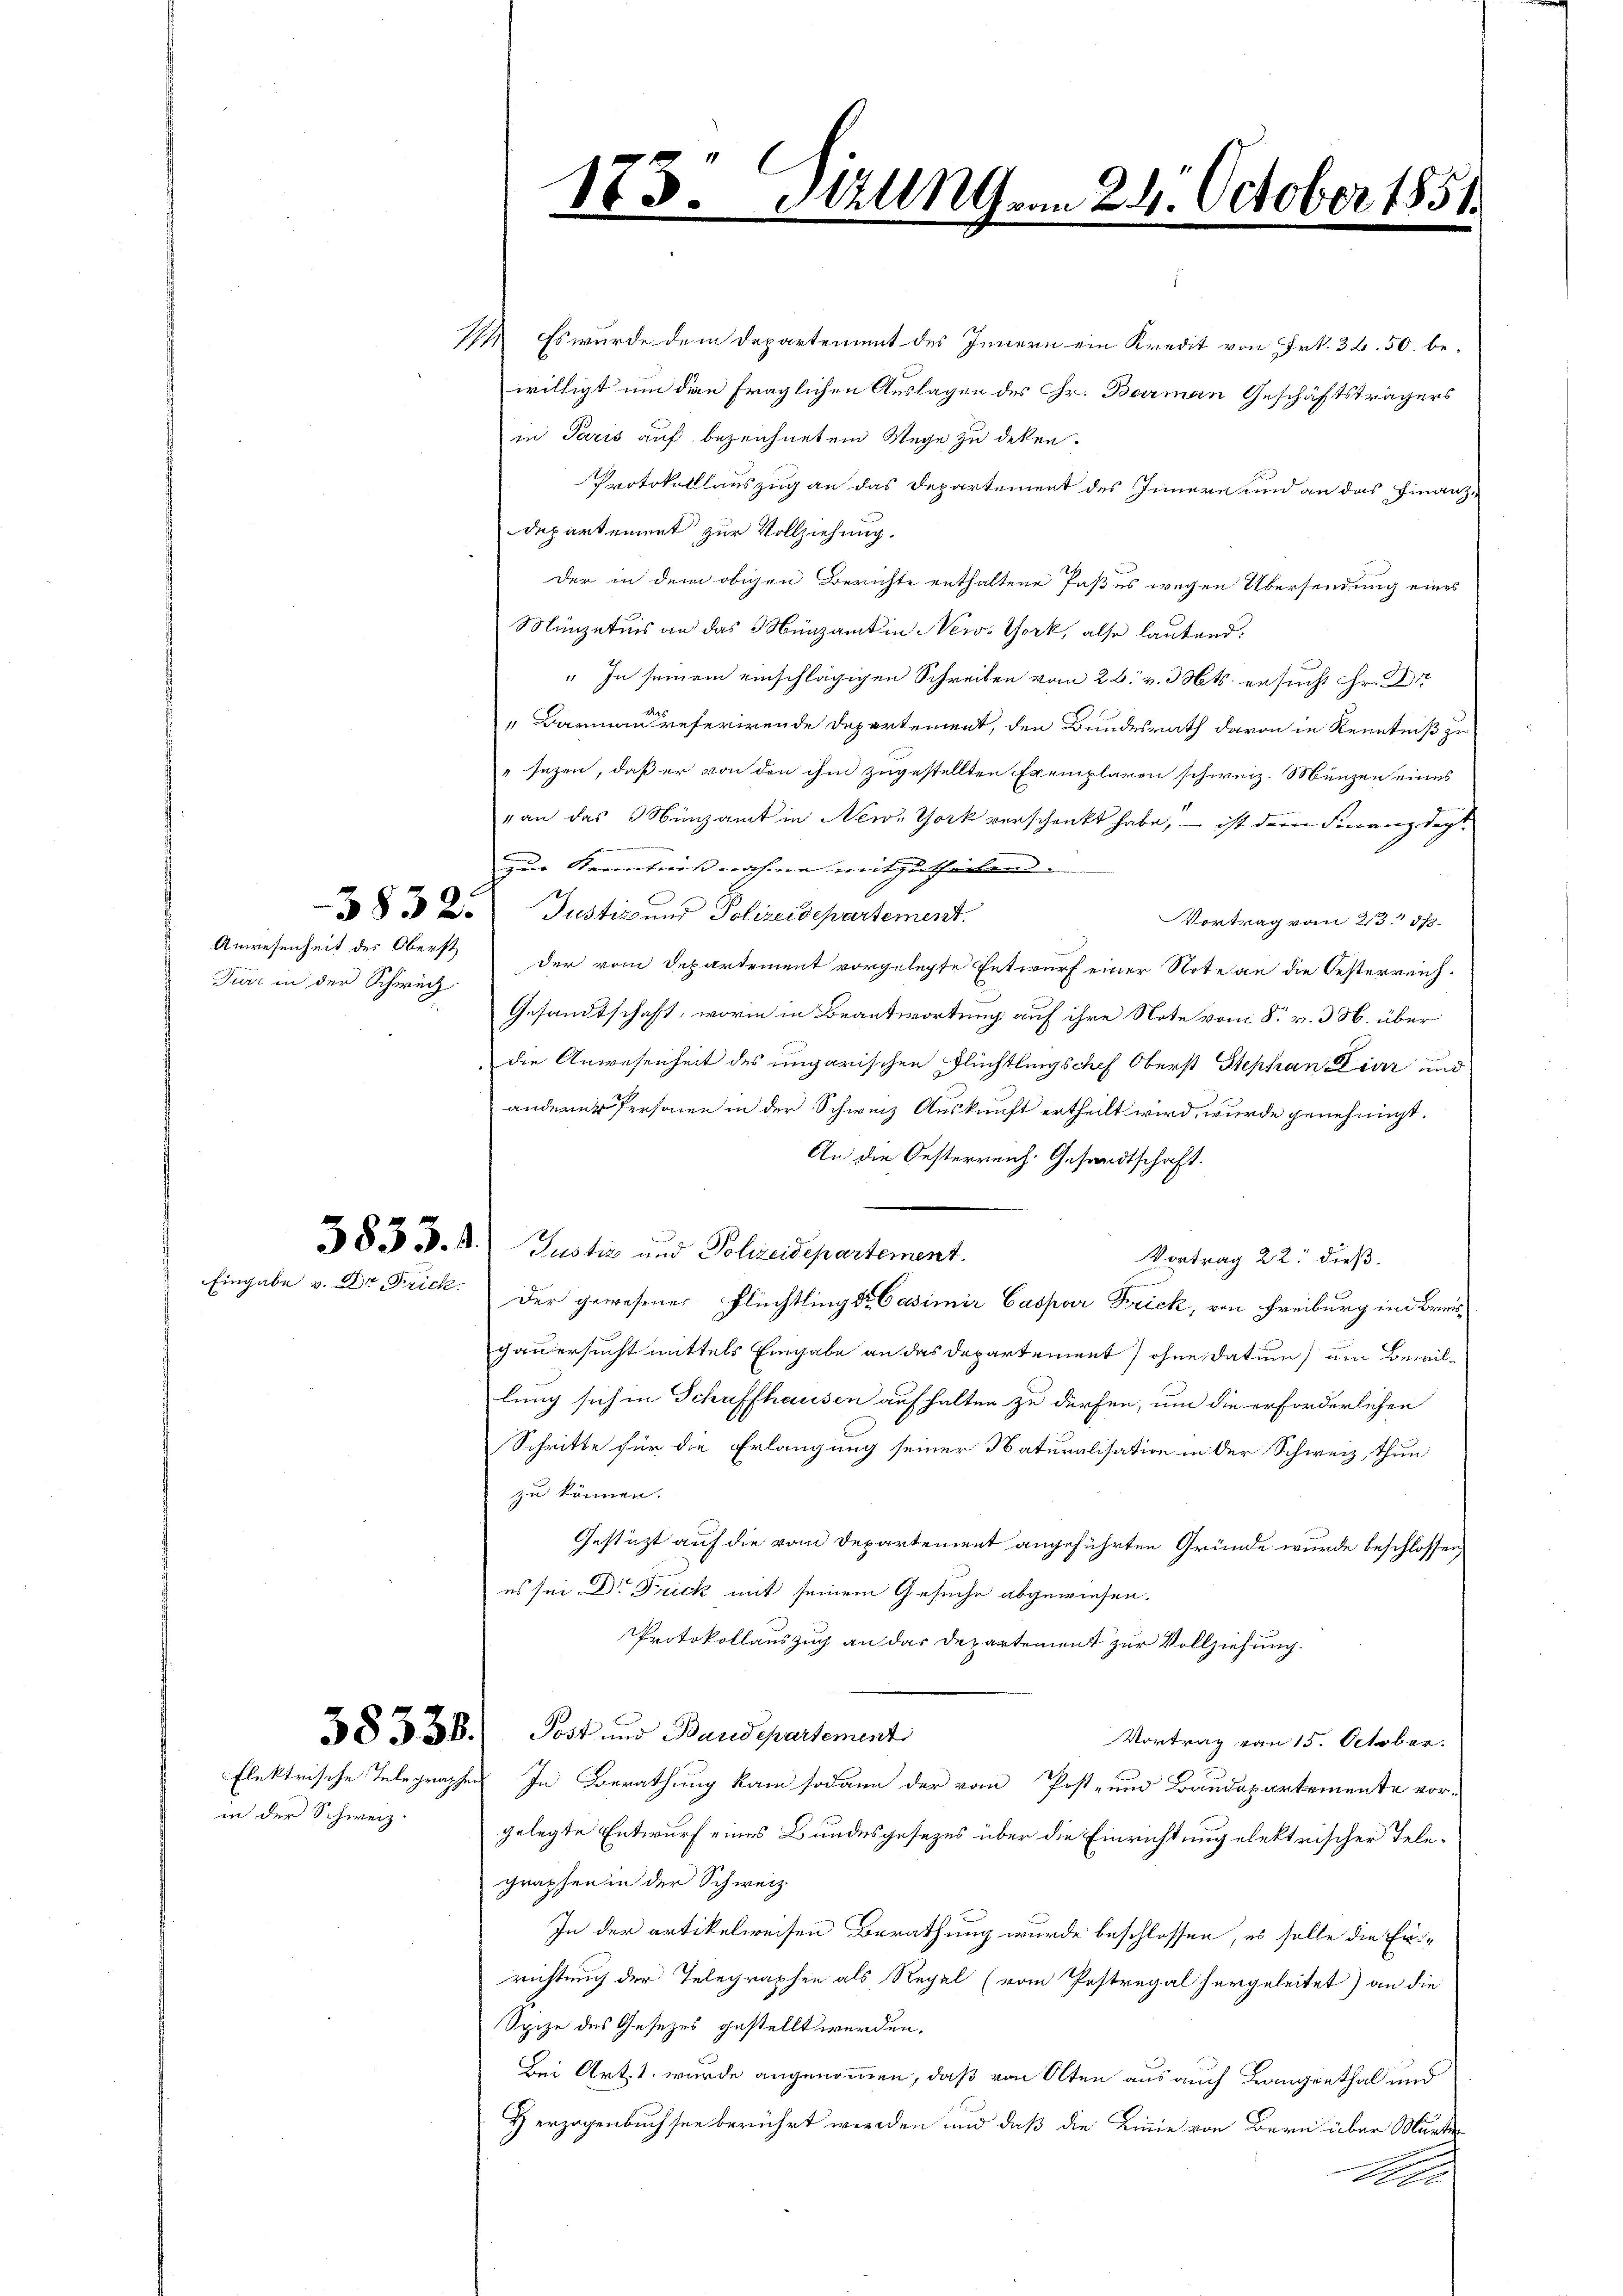
Turr in der Schwech-

in der Schweiz.

18.

342UG vom 24. October 1851.
e

1 Es wurde dem Departement des Innern ein Kredit von Frk. 36. 50. bewilligt um den fraglichen Auslagen des Gr. Barman Geschäftsträgers
in Paris auf bezeichnetem Wege zu deken.
Protokolllauszug an das Departement des Innern und an das Finanzdepartement zur Vollziehung.
der in dem obigen Berichte enthaltene Paßes wegen Übersendung eines
Münzetnis an das Münzamt in New-York, also lautend:
" In seinem einschlägigen Schreiben vom 26. v. Mts. ersucht hr. Di
" Barmann referirende Departement, den Bundesrath davon in Kenntniß zu
" sezen, daß er von den ihm zugestellten Exemplaren schweiz. Münzen eines
van das Münzamt in New-York verschenkt habe, – ist deren Finanzdept
zur Kenntnisnahme mitzutheilen. |
832. Justiz und Polizeidepartement.
Vortrag vom 23. ds.
Anwesenheit des Oberst der vom Departement vorgelegte Entwurf einer Note an die Oesterreich-
Gesandtschaft, worin in Beantwortung auf ihre Note vom 8. v. 3. über
die Anwesenheit des ungarischen Flüchtlingschef Oberst Stephan Lier und
anderer Personen in der Schweiz Auskunft ertheilt wird, wurde genehmigt.
An die Oesterreich. Gesandtschaft.
3833. 4. Justiz und Polizeidepartement.
Vortrag 22. dieß.
Eingabe v. Dr Frick. Der gewesener Flüchtling Dr. Casimir Caspar Frick, von Freiburg und Breigauersucht mittels Eingabe an das Departement) ohne Datum um Bewillung sich in Schaffhausen aufhalten zu dürfen, um die erforderlichen
Schritte für die Erlangung seiner Naturalisation in der Schweiz, thun
zu können.
Gestützt auf die vom Departement angeführten Gründe wurde beschlossen,
es sei Dr Frick mit seinem Gesuche abgewiesen.
Protokollauszug an das Departement zur Vollziehung.
§§ 338. Post und Band spartement
Vortrag vom 15. October.
flektrische Telegraphen In Berathung kam sodann der vom Post- und Baudepartemente vor-
gelegte Entwurf eines Bundesgesezes über die Einrichtung elektrischer Telegraphen in der Schweiz.
In der artikelweisen Berathung wurde beschlossen, es solle die Errichtung der Telegraphen als Regel (vom Pestregal hergeleitet) an die
Spize des Gesezes gestellt werden.
Bei Art. 1. wurde angenommen, daß von Olten aus auch Langenthal und
Herzogenbuchsee berührt werden und daß die Linie von Bern über Murte
A